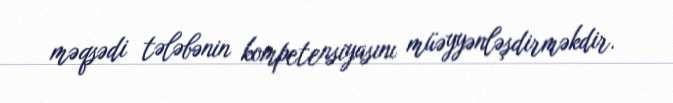
məqsədi tələbənin kompetensiyasını müəyyənləşdirməkdir.